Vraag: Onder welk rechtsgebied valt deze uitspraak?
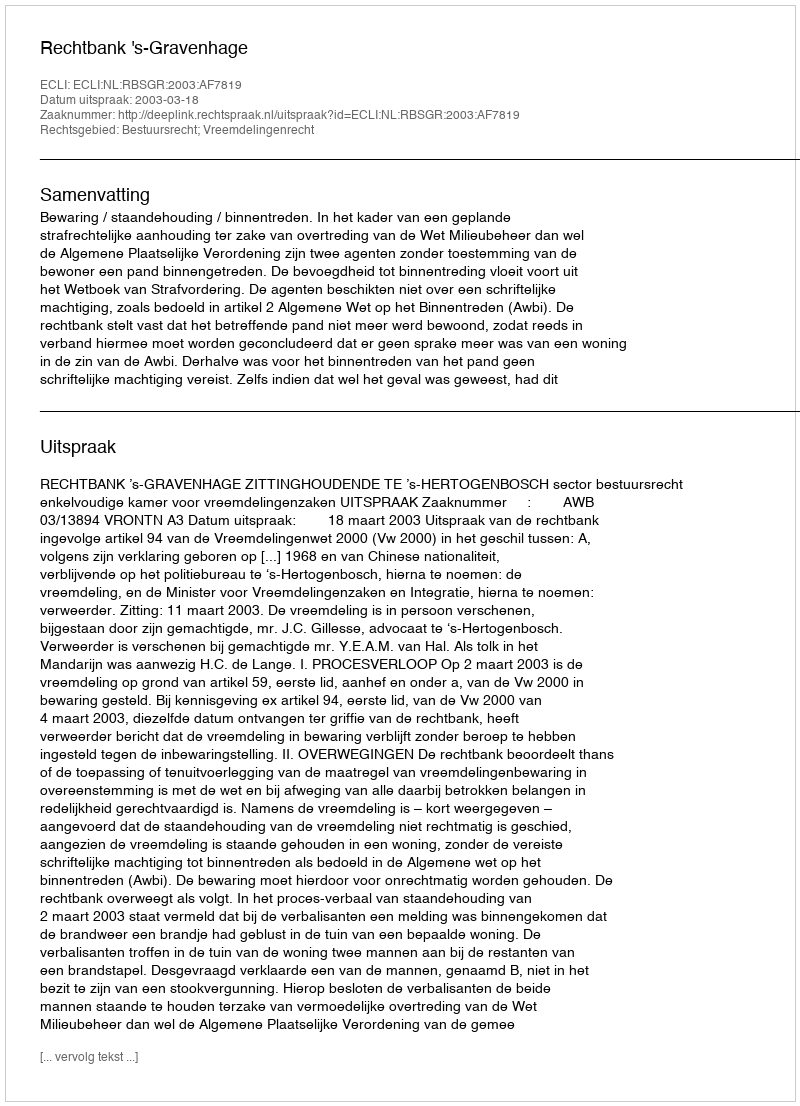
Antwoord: Bestuursrecht; Vreemdelingenrecht